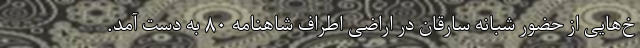
خ‌هایی از حضور شبانه سارقان در اراضی اطراف شاهنامه ۸۰ به دست آمد.